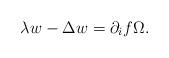
LaTeX: \begin{align*}\lambda w-\Delta w=\partial_i f \Omega.\end{align*}